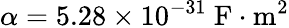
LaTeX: \alpha=5.28\times 10^{-31}~\mathrm{F\cdot m^{2}}